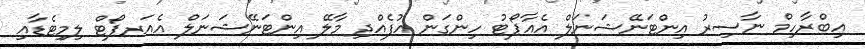
އިބްރާހިމް ނާސިރު އިންޓަނޭޝަނަލް އެއާޕޯޓު ހިންގަން އުފެއްދި މާލޭ އިންޓަނޭޝަނަލް އެއަރޕޯޓް ލިމިޓެޑާއި